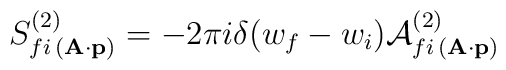
S_{fi\,({\bf A\cdot p})}^{(2)}=-2\pi i\delta (w_{f}-w_{i}){\cal A}_{fi\,( {\bf A\cdot p})}^{(2)}